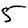
Digit: 5